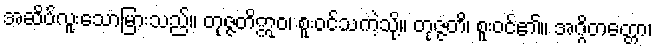
အဆိပ်လူးသောမြားသည်။ တုဇ္ဇတိဣဝ၊ စူးဝင်သကဲ့သို့။ တုဇ္ဇတိ၊ စူးဝင်၏။ အဂ္ဂိတတ္တော၊